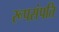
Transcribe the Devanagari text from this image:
रूपसंपति